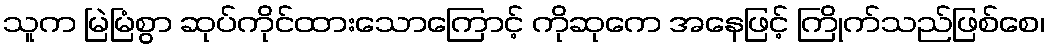
သူက မြဲမြံစွာ ဆုပ်ကိုင်ထားသောကြောင့် ကိုဆုကေ အနေဖြင့် ကြိုက်သည်ဖြစ်စေ၊